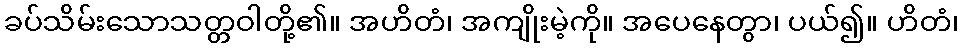
ခပ်သိမ်းသောသတ္တဝါတို့၏။ အဟိတံ၊ အကျိုးမဲ့ကို။ အပေနေတွာ၊ ပယ်၍။ ဟိတံ၊